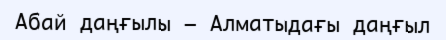
Абай даңғылы — Алматыдағы даңғыл